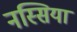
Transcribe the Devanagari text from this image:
नस्सिया